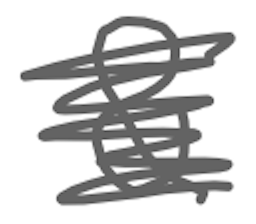
Text: &
Cross-out: scratch
Writing tool: digital_gray